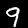
Digit: 9